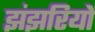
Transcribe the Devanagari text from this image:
झंझरियों